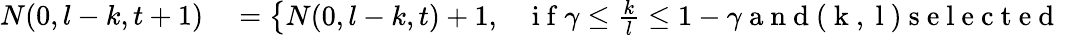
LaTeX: \begin{array}{rl}{N(0,l-k,t+1)}&{{}=\left\{ \begin{array}{ll}{N(0,l-k,t)+1,}&{\mathrm{~i~f~}\gamma\leq\frac{k}{l}\leq 1-\gamma\mathrm{~a~n~d~(~k~,~l~)~s~e~l~e~c~t~e~d~}\ }\end{array}\right.}\end{array}